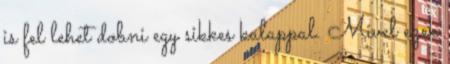
is fel lehet dobni egy sikkes kalappal. Mivel ezek